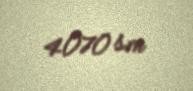
4070 sm